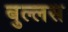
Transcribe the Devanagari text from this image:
बुल्लस